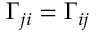
\Gamma _ { j i } = \Gamma _ { i j }